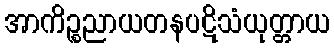
အာကိဉ္စညာယတနပဋိသံယုတ္တာယ